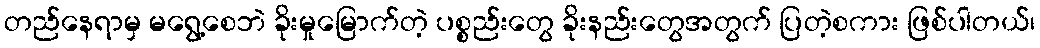
တည်နေရာမှ မရွေ့စေဘဲ ခိုးမှုမြောက်တဲ့ ပစ္စည်းတွေ ခိုးနည်းတွေအတွက် ပြတဲ့စကား ဖြစ်ပါတယ်၊